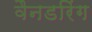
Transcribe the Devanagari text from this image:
वैनडरिंग